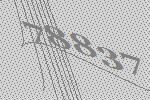
78837